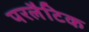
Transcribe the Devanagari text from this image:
परलैटिक